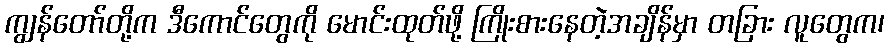
ကျွန်တော်တို့က ဒီကောင်တွေကို မောင်းထုတ်ဖို့ ကြိုးစားနေတဲ့အချိန်မှာ တခြား လူတွေက၊